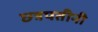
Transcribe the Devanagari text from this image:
छत्रपतीनी